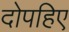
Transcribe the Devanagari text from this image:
दोपहिए